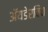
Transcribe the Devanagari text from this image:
अॅयडेरविच